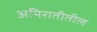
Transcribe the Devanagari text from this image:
अमिरातीतील